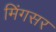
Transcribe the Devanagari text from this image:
मिंगसर